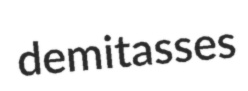
demitasses